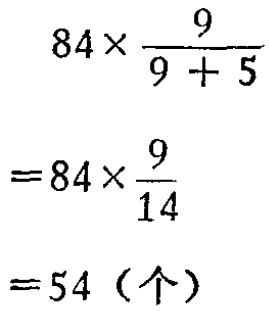
\[

\begin{align*}

&84\times\frac{9}{9 + 5}\\

=&84\times\frac{9}{14}\\

=&54 (\text{个})

\end{align*}

\]